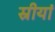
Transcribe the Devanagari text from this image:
स्रीयां